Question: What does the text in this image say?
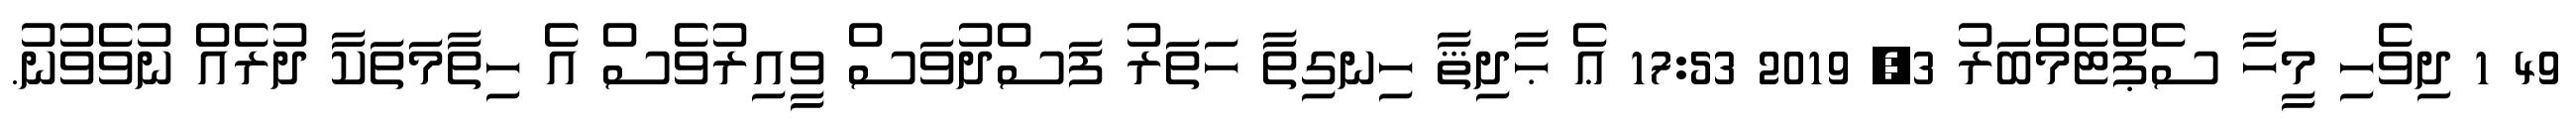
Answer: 49 1 ދިވެހި މީހާ ސެޕްޓެމްބަރު 3, 2019 17:53 ޢެ ޙާދިޘާ ހިނގިތާ ހަތަރު ފަސްދުވަސް ވީއިރުވެސް އެ ހިތާމަތަކާ ދުރެއް ނުވެވުނު.